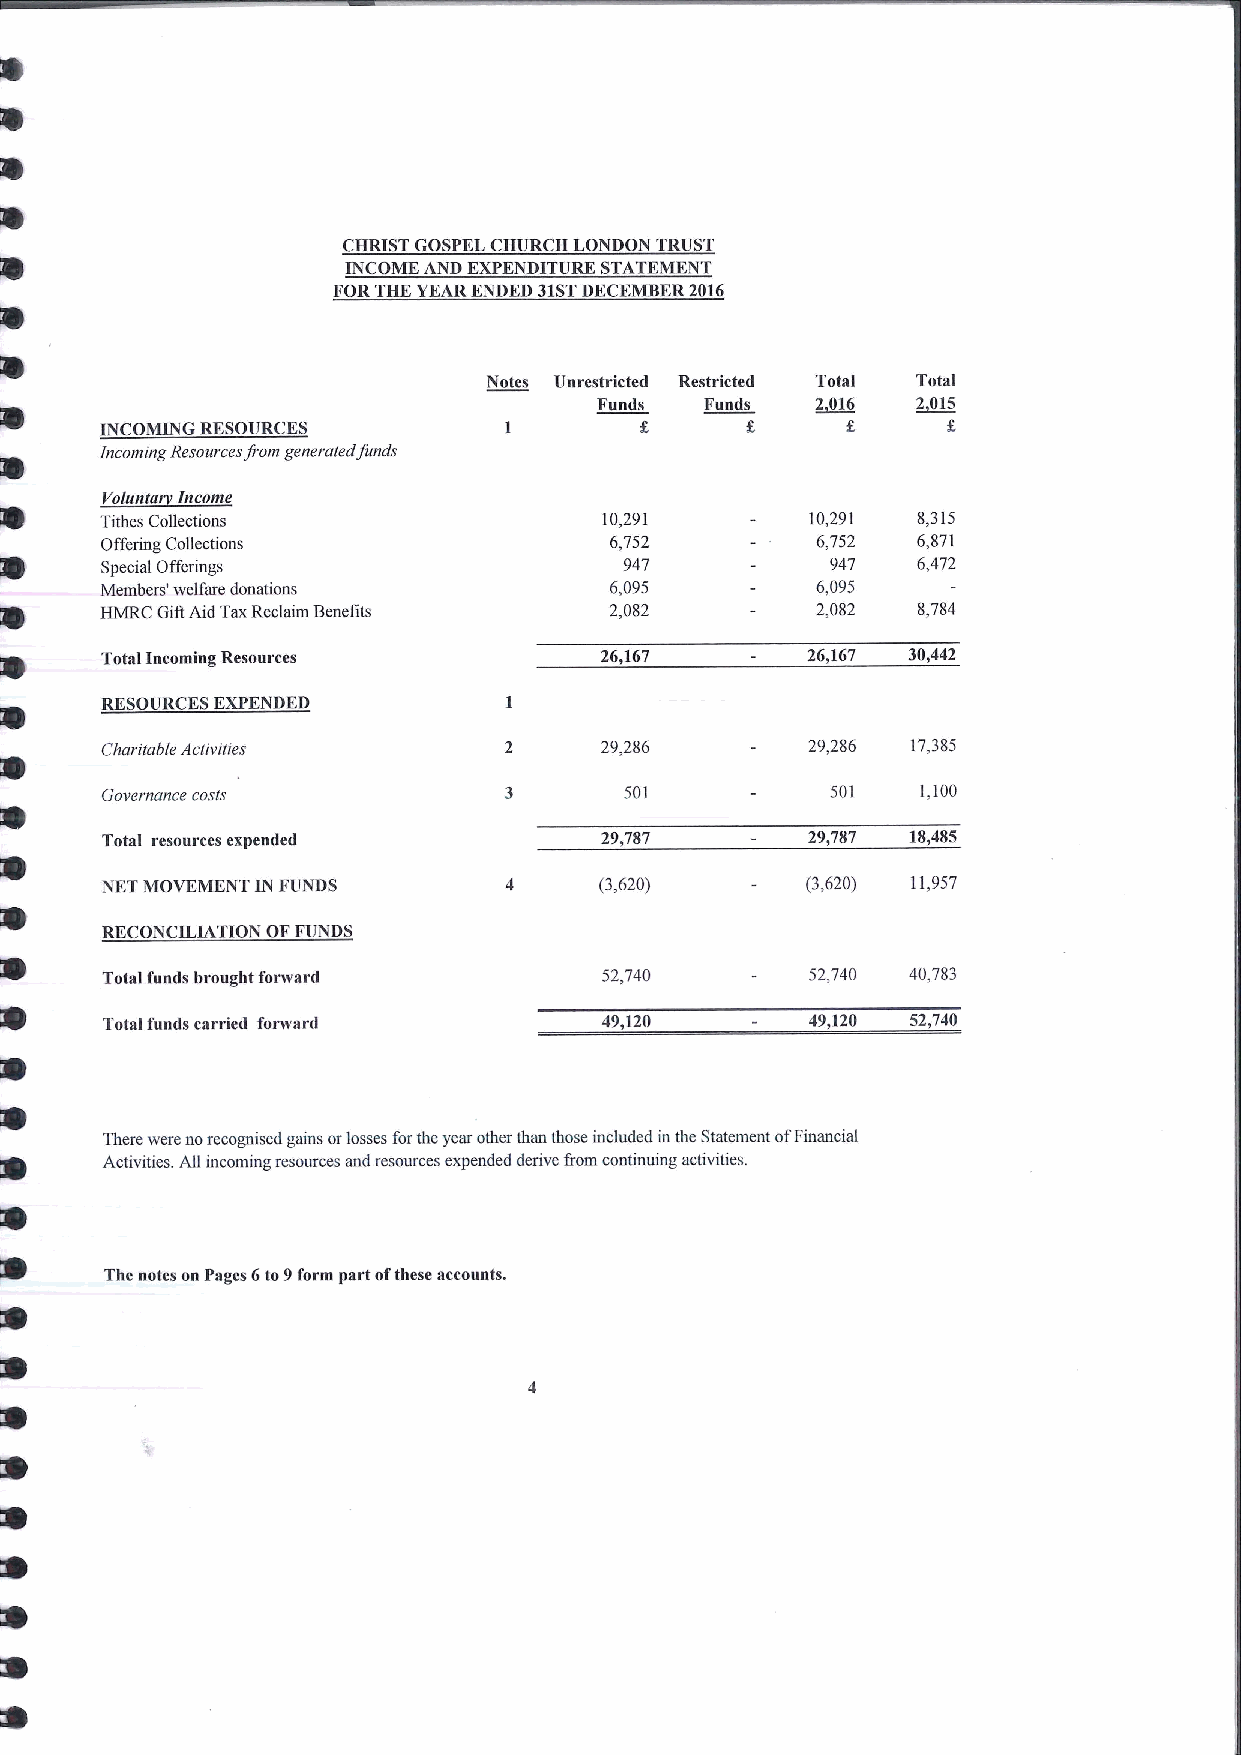
CHRIST GOSPEL CHURCH LONDON TRUST
 INCOME AND EXPENDITURE STATEMENT
 FORTHE YEARENDED 31STDKCEMIIER 2016
 Notes Unrestricted Restricted Total Total
 Funds   Funds  2~016  ~2015
 INCOMING RESOURCES        1
 Incoming ResourcesPom generated funds
 Volunta Income
 Tithes Collections               10,291       10,291  8,315
 Offering Collections             6,752         6,752  6,871
 Special Offerings                 947           947   6,472
 Members' welfare donations       6,095         6,095
 HMRC GiAAid TaxReclaim Benefits  2,082         2,082  8,784
 Total Incoming Resources         26,167       26,167 30,442
 RESOURCES EXPENDED
 Charitable Activities            29,286       29,286 17,385
 Governance costs                  501           501   1,100
 Total resources expended         29,787       29,787 18,485
 NET MOVEMKNT IN FUNDS            (3,620)      (3,620) 11,957
 RECONCILIATION OFFUNDS
 Total funds brought forward      52,740       52,740 40,783
 Total funds carried forward      49,120       49,120 52,740
 There were norecognised gains orlosses forthe year other than those included inthe Statement ofFinancial
 Activities. All incoming resources and resources expended derive I'rom continuing activities.
 The notes on Pages 6to9form part ofthese accounts.